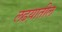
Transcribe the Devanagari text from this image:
लढयातील